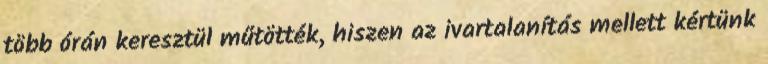
több órán keresztül műtötték, hiszen az ivartalanítás mellett kértünk